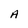
Character: A